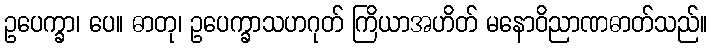
ဥပေက္ခာ၊ ပေ။ ဓာတု၊ ဥပေက္ခာသဟဂုတ် ကြိယာအဟိတ် မနောဝိညာဏဓာတ်သည်။